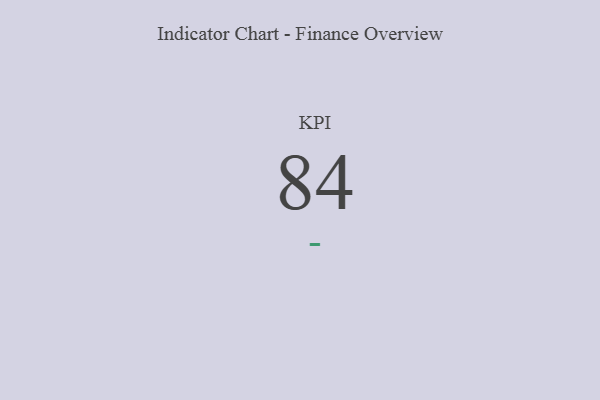
{"axis": {"x": "KPI", "y": "Value"}, "legend": [""], "data": [{"x": "KPI", "y": 84, "type": ""}]}